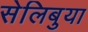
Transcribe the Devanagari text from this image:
सेलिबुया